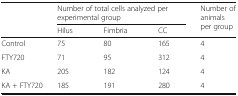
<table><thead><tr><td rowspan="2"></td><td colspan="3"><b>Number of total cells analyzed per experimental group</b></td><td rowspan="2"><b>Number of animals per group</b></td></tr><tr><td><b>Hilus</b></td><td><b>Fimbria</b></td><td><b>CC</b></td></tr></thead><tbody><tr><td>Control</td><td>75</td><td>80</td><td>165</td><td>4</td></tr><tr><td>FTY720</td><td>71</td><td>95</td><td>312</td><td>4</td></tr><tr><td>KA</td><td>205</td><td>182</td><td>124</td><td>4</td></tr><tr><td>KA + FTY720</td><td>185</td><td>191</td><td>280</td><td>4</td></tr></tbody></table>